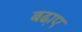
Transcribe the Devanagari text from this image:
बढा़ए